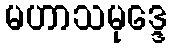
မဟာသမုဒ္ဒေ